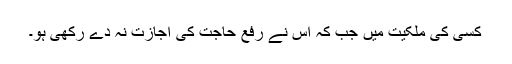
کسی کی ملکیت میں جب کہ اس نے رفع حاجت کی اجازت نہ دے رکھی ہو۔